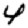
Digit: 4